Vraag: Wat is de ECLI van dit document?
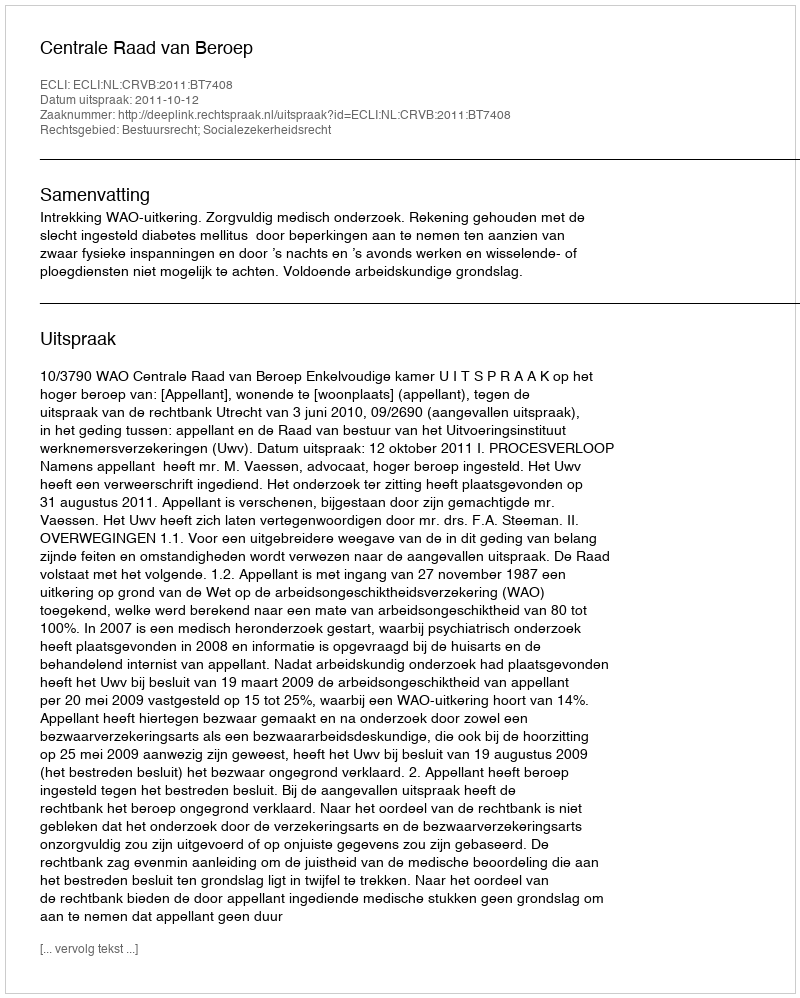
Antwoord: ECLI:NL:CRVB:2011:BT7408